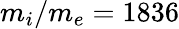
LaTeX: m_{i}/m_{e}=1836